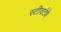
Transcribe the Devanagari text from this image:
स्टीवर्टथे